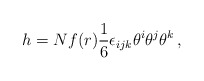
\begin{align*}h = N f(r) \frac{1}{6} \epsilon_{ijk} \theta^i \theta^j \theta^k\,,\end{align*}